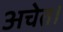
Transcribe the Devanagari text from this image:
अचेत।